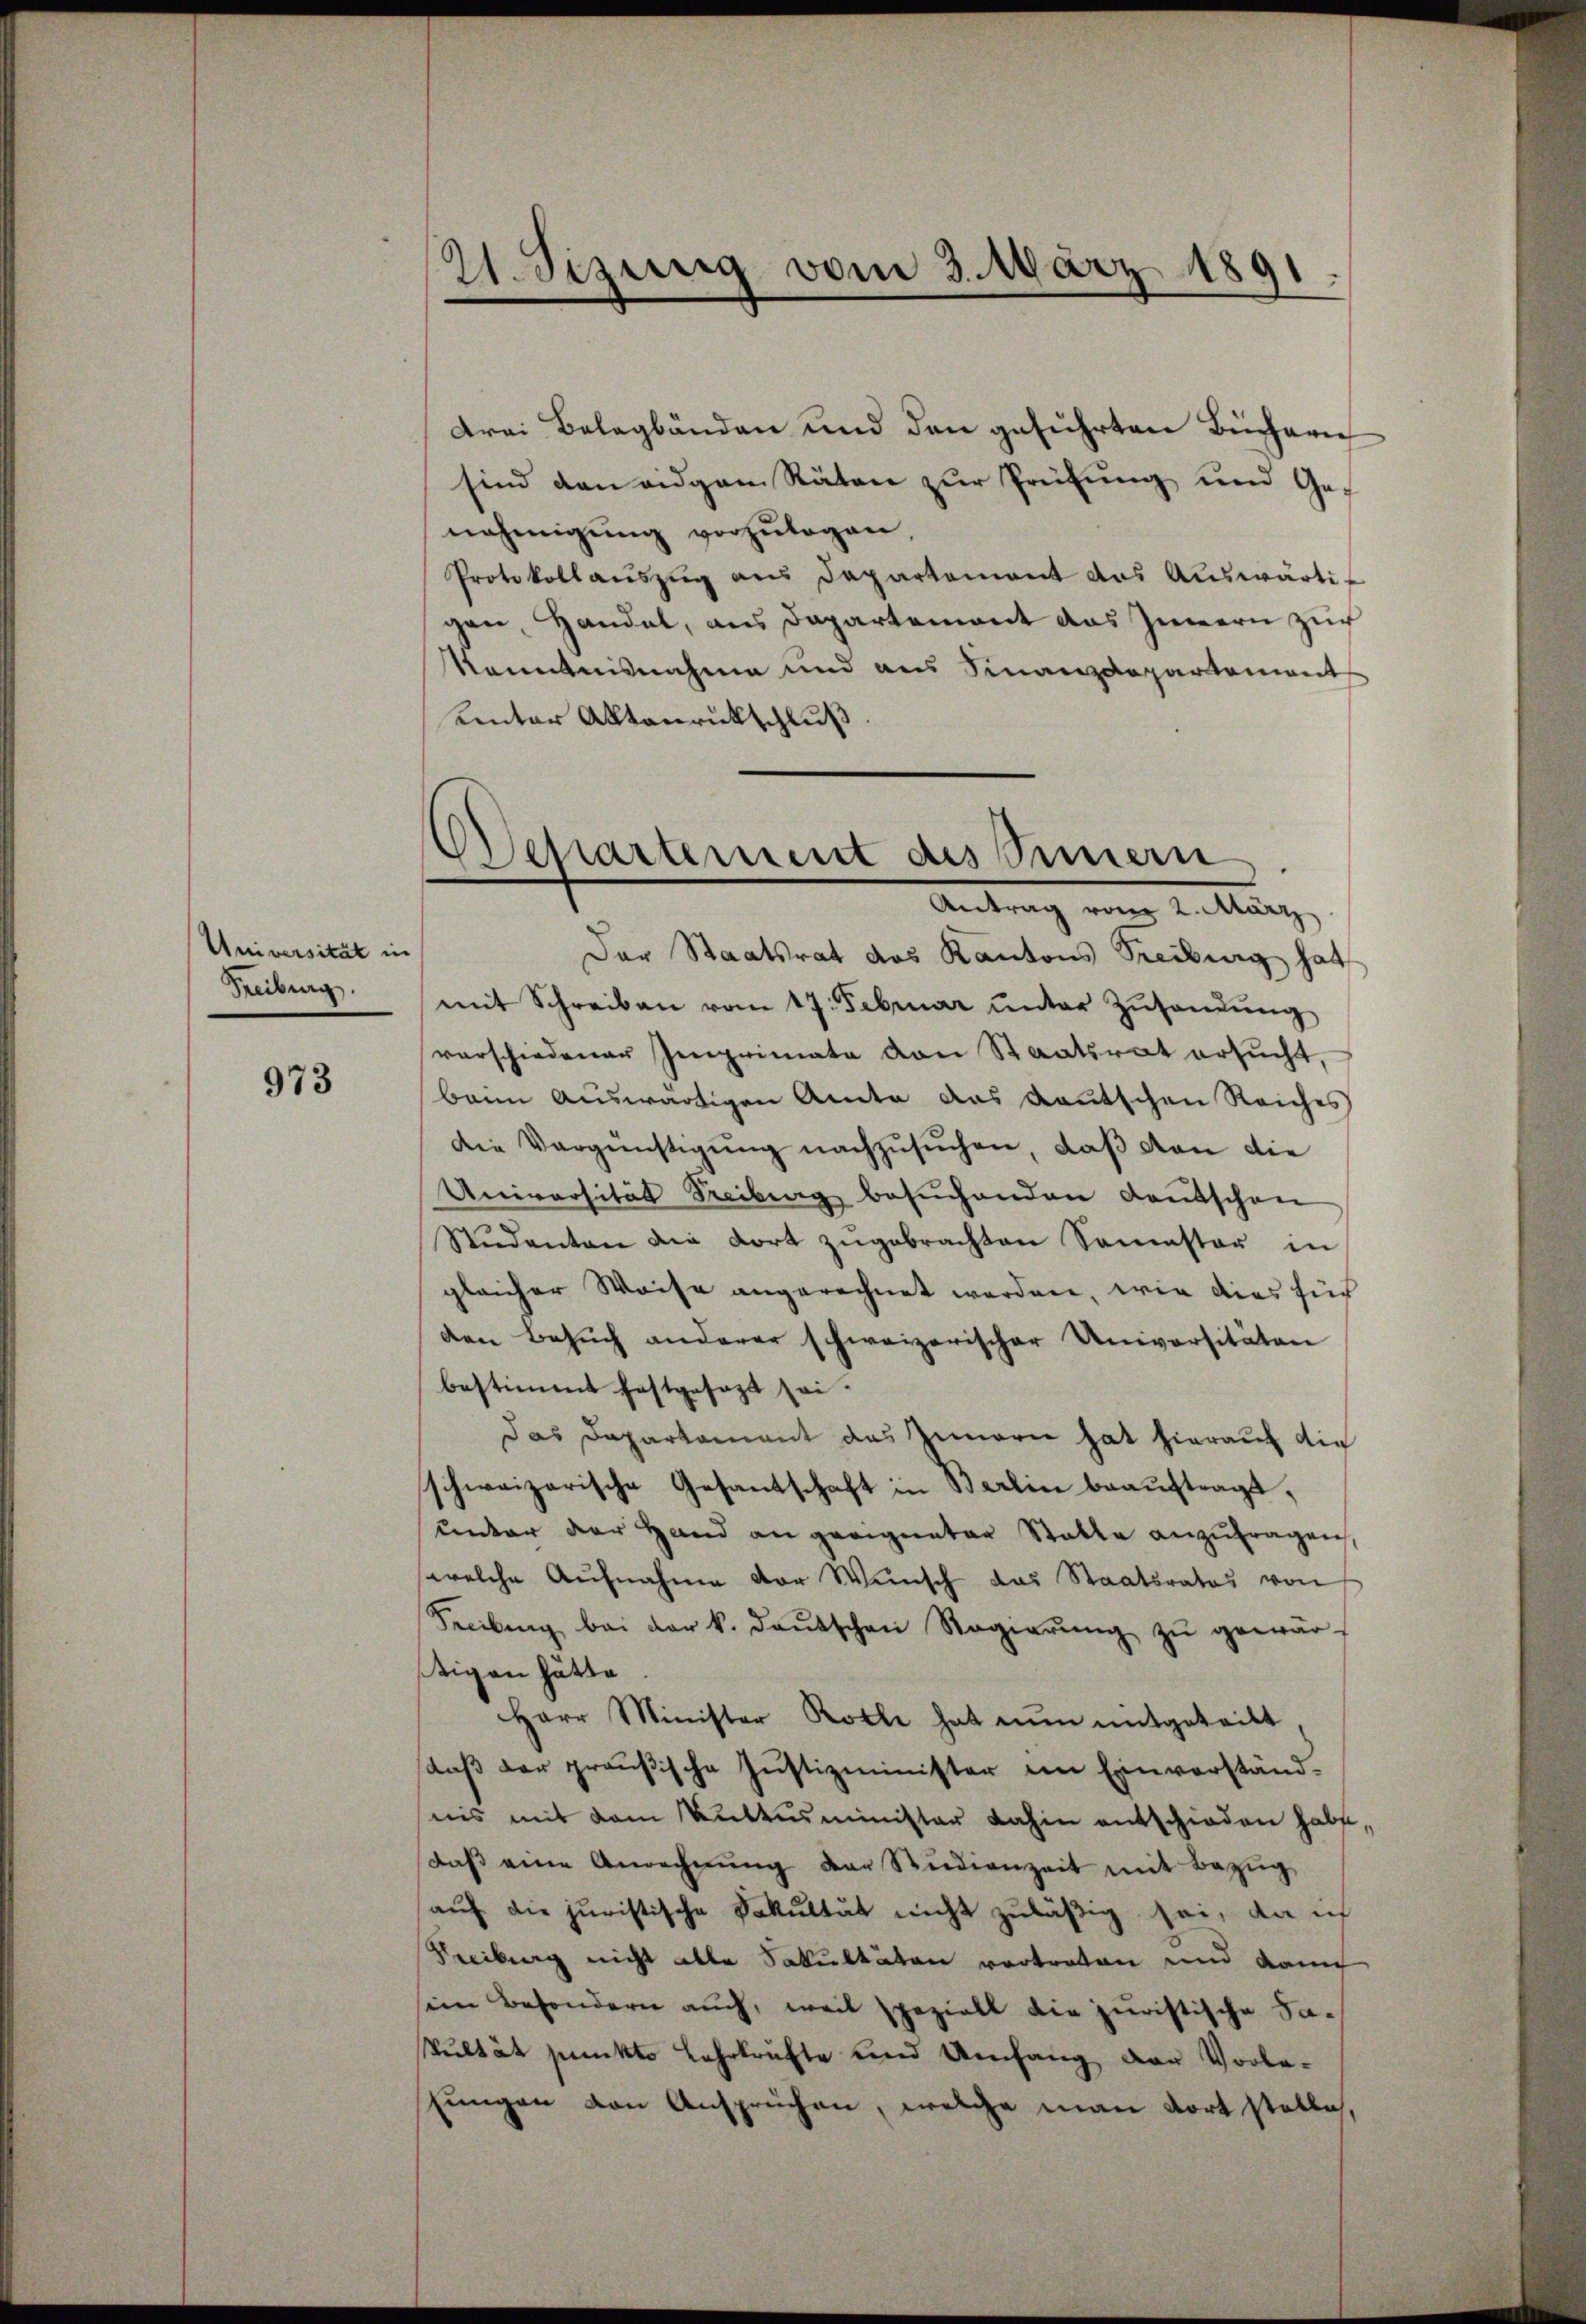
Universität in
Freiburg.

973

21. Sizung vom 3. März 1891.

drei Belagbänden und den geführten Büchern
sind den eidgam Räten zur Prüfung und Ge-
nehmigŭng vorzŭlegen,
Protokollauszug aus Departement das Aŭswärtigen, Handel, aus Dapartement das Innern zur
Kenntnisnahme und aus Finanzdepartement
einter Aktenrückschluß
Der Staatsrat des Kantons Freiburg hat
mit Schreiben vom 17. Februar ŭnter Zŭsandŭng
verschiedener Imprimata von Staatsrat ersŭcht,
beim auswärtigen Amte das Kautschen Reiches
die Vergünstigung nachzusuchen, daß von die
Universität Freiberg besuchenden Kantschen
Studenten die dort zŭgebrachten Sonenster in
gleicher Weise angerechnet werden, wie dies für
den Besŭch anderer schweizerischer Universitäten
bestimmt festgesagt sei.
Das Departament des Innern hat hierauf die
schweizerische Gesantschaft in Berlin beauftragt,
unter der Hand an geeigneter Statte anzŭfragen,
welche Aufnahme vor Wünsch das Staatsrates von
Seeilung bei der k. deŭtschen Regierŭng zŭ gewärstigen hätte
Herr Minister Rolle hat nun mitgeteilt
daß der preußische Justizminister im Einverständnis mit dem Anttusminister dahin entschieden habe,
daβ eine Anrechnŭng der Studienzeit mit Bezŭg
auf die juristische Fakultät nicht zuläßig sei, da ich
Vecibung nicht alle Fakultäten vortreten und dann
sein Besondern auch, weil spaziell die juristische Sakultät punkte Lehrkräfte und Umfang der Vorlashungen von Ansprüchen, welche man dort stelle,

Dchartement des Simmern
Antrag vom 2. März